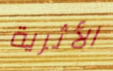
الأثرية